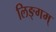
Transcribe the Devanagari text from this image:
लिङ्गम्‌